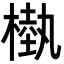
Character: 槸